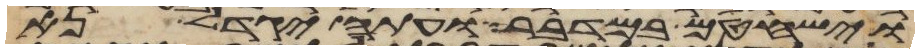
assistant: וישחטם במדבר ועתה יגדל נא